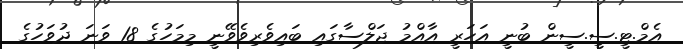
އެމް.ޓީ.ސީ.ސީން ބުނީ އަހަރީ އާއްމު ޖަލްސާގައި ބައިވެރިވެވޭނީ މިމަހުގެ 18 ވަނަ ދުވަހުގެ